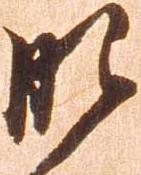
肥